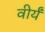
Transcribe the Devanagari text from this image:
वीर्यं